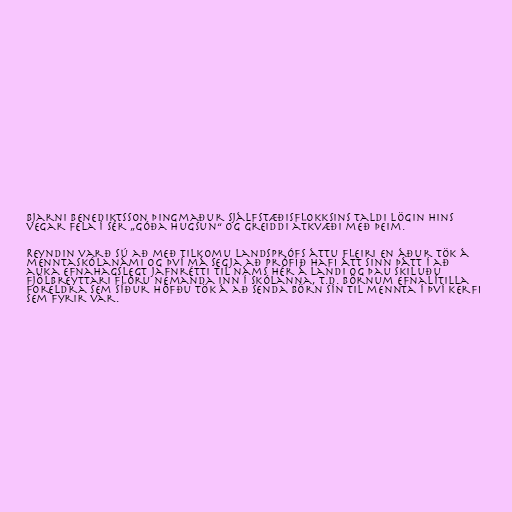
Bjarni Benediktsson þingmaður Sjálfstæðisflokksins taldi lögin hins
vegar fela í sér „góða hugsun“ og greiddi atkvæði með þeim.

Reyndin varð sú að með tilkomu landsprófs áttu fleiri en áður tök á
menntaskólanámi og því má segja að prófið hafi átt sinn þátt í að
auka efnahagslegt jafnrétti til náms hér á landi og þau skiluðu
fjölbreyttari flóru nemanda inn í skólanna, t.d. börnum efnalítilla
foreldra sem síður höfðu tök á að senda börn sín til mennta í því kerfi
sem fyrir var.